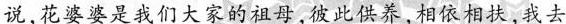
说，花婆婆是我们大家的祖母，彼此供养,相依相扶，我去